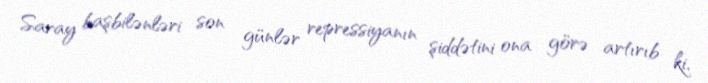
Saray başbilənləri son günlər repressiyanın şiddətini ona görə artırıb ki,